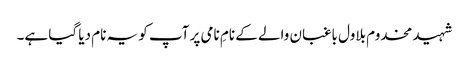
شہید مخدوم بلاول باغبان والے کے نامِ نامی پر آپ کو یہ نام دیا گیا ہے۔